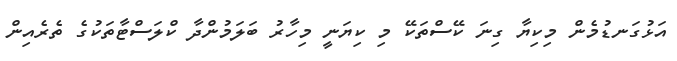
އަޅުގަނޑުމެން މިކިޔާ ގިނަ ކޭސްތަކޭ މި ކިޔަނީ މިހާރު ބަލަމުންދާ ކްލަސްޓާތަކުގެ ތެރެއިން